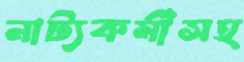
নাট্যকর্মীসহ